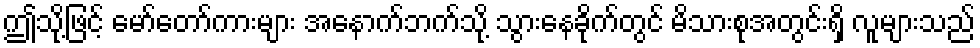
ဤသို့ဖြင့် မော်တော်ကားများ အနောက်ဘက်သို့ သွားနေခိုက်တွင် မိသားစုအတွင်းရှိ လူများသည်